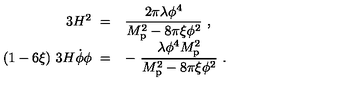
\begin{array} { r l } { 3 H ^ { 2 } \ = } & { { \displaystyle { \frac { 2 \pi \lambda \phi ^ { 4 } } { M _ { \mathrm { p } } ^ { 2 } - 8 \pi \xi \phi ^ { 2 } } } \ , } } \\ { ( 1 - 6 \xi ) \ 3 H \dot { \phi } \phi \ = } & { { \displaystyle - \ { \frac { \lambda \phi ^ { 4 } M _ { \mathrm { p } } ^ { 2 } } { M _ { \mathrm { p } } ^ { 2 } - 8 \pi \xi \phi ^ { 2 } } } \ . } } \\ \end{array}